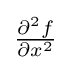
{\tfrac {\partial ^{2}f}{\partial x^{2}}}